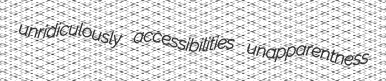
unridiculously accessibilities unapparentness